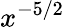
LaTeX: x^{-5/2}